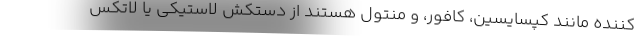
کننده مانند کپسایسین، کافور، و منتول هستند از دستکش لاستیکی یا لاتکس